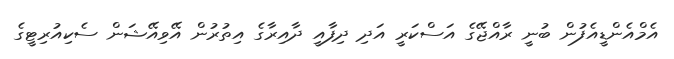
އެމްއެންޑީއެފުން ބުނީ ރާއްޖޭގެ އަސްކަރީ އަދި ދިފާއީ ދާއިރާގެ އިތުރުން އޭވިއޭޝަން ސެކިއުރިޓީގެ